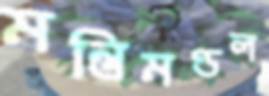
মন্ত্রিমণ্ডল